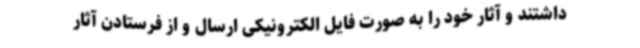
داشتند و آثار خود را به صورت فایل الکترونیکی ارسال و از فرستادن آثار